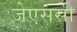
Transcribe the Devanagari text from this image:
जेएससी